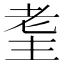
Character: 𦒼